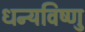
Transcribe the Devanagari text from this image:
धन्यविष्णु